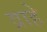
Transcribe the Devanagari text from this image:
व्राहे